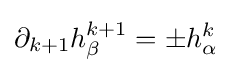
\partial _{k+1}h_{\beta }^{k+1}=\pm h_{\alpha }^{k}